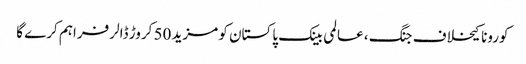
کورونا کیخلاف جنگ ، عالمی بینک پاکستان کو مزید 50 کروڑ ڈالر فراہم کرے گا